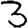
Digit: 3